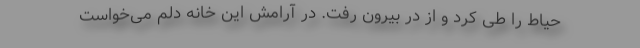
حیاط را طی کرد و از در بیرون رفت. در آرامش این خانه دلم می‌خواست